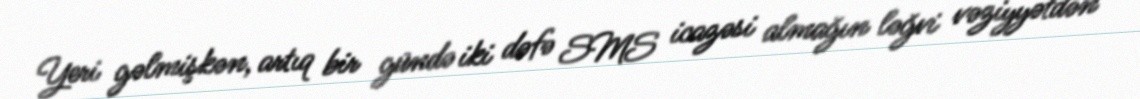
Yeri gəlmişkən, artıq bir gündə iki dəfə SMS icazəsi almağın ləğvi vəziyyətdən